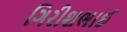
ગિરીશભાઈ